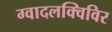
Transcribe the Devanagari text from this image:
ग्वादलक्विविर